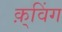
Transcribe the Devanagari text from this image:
क़्विंग